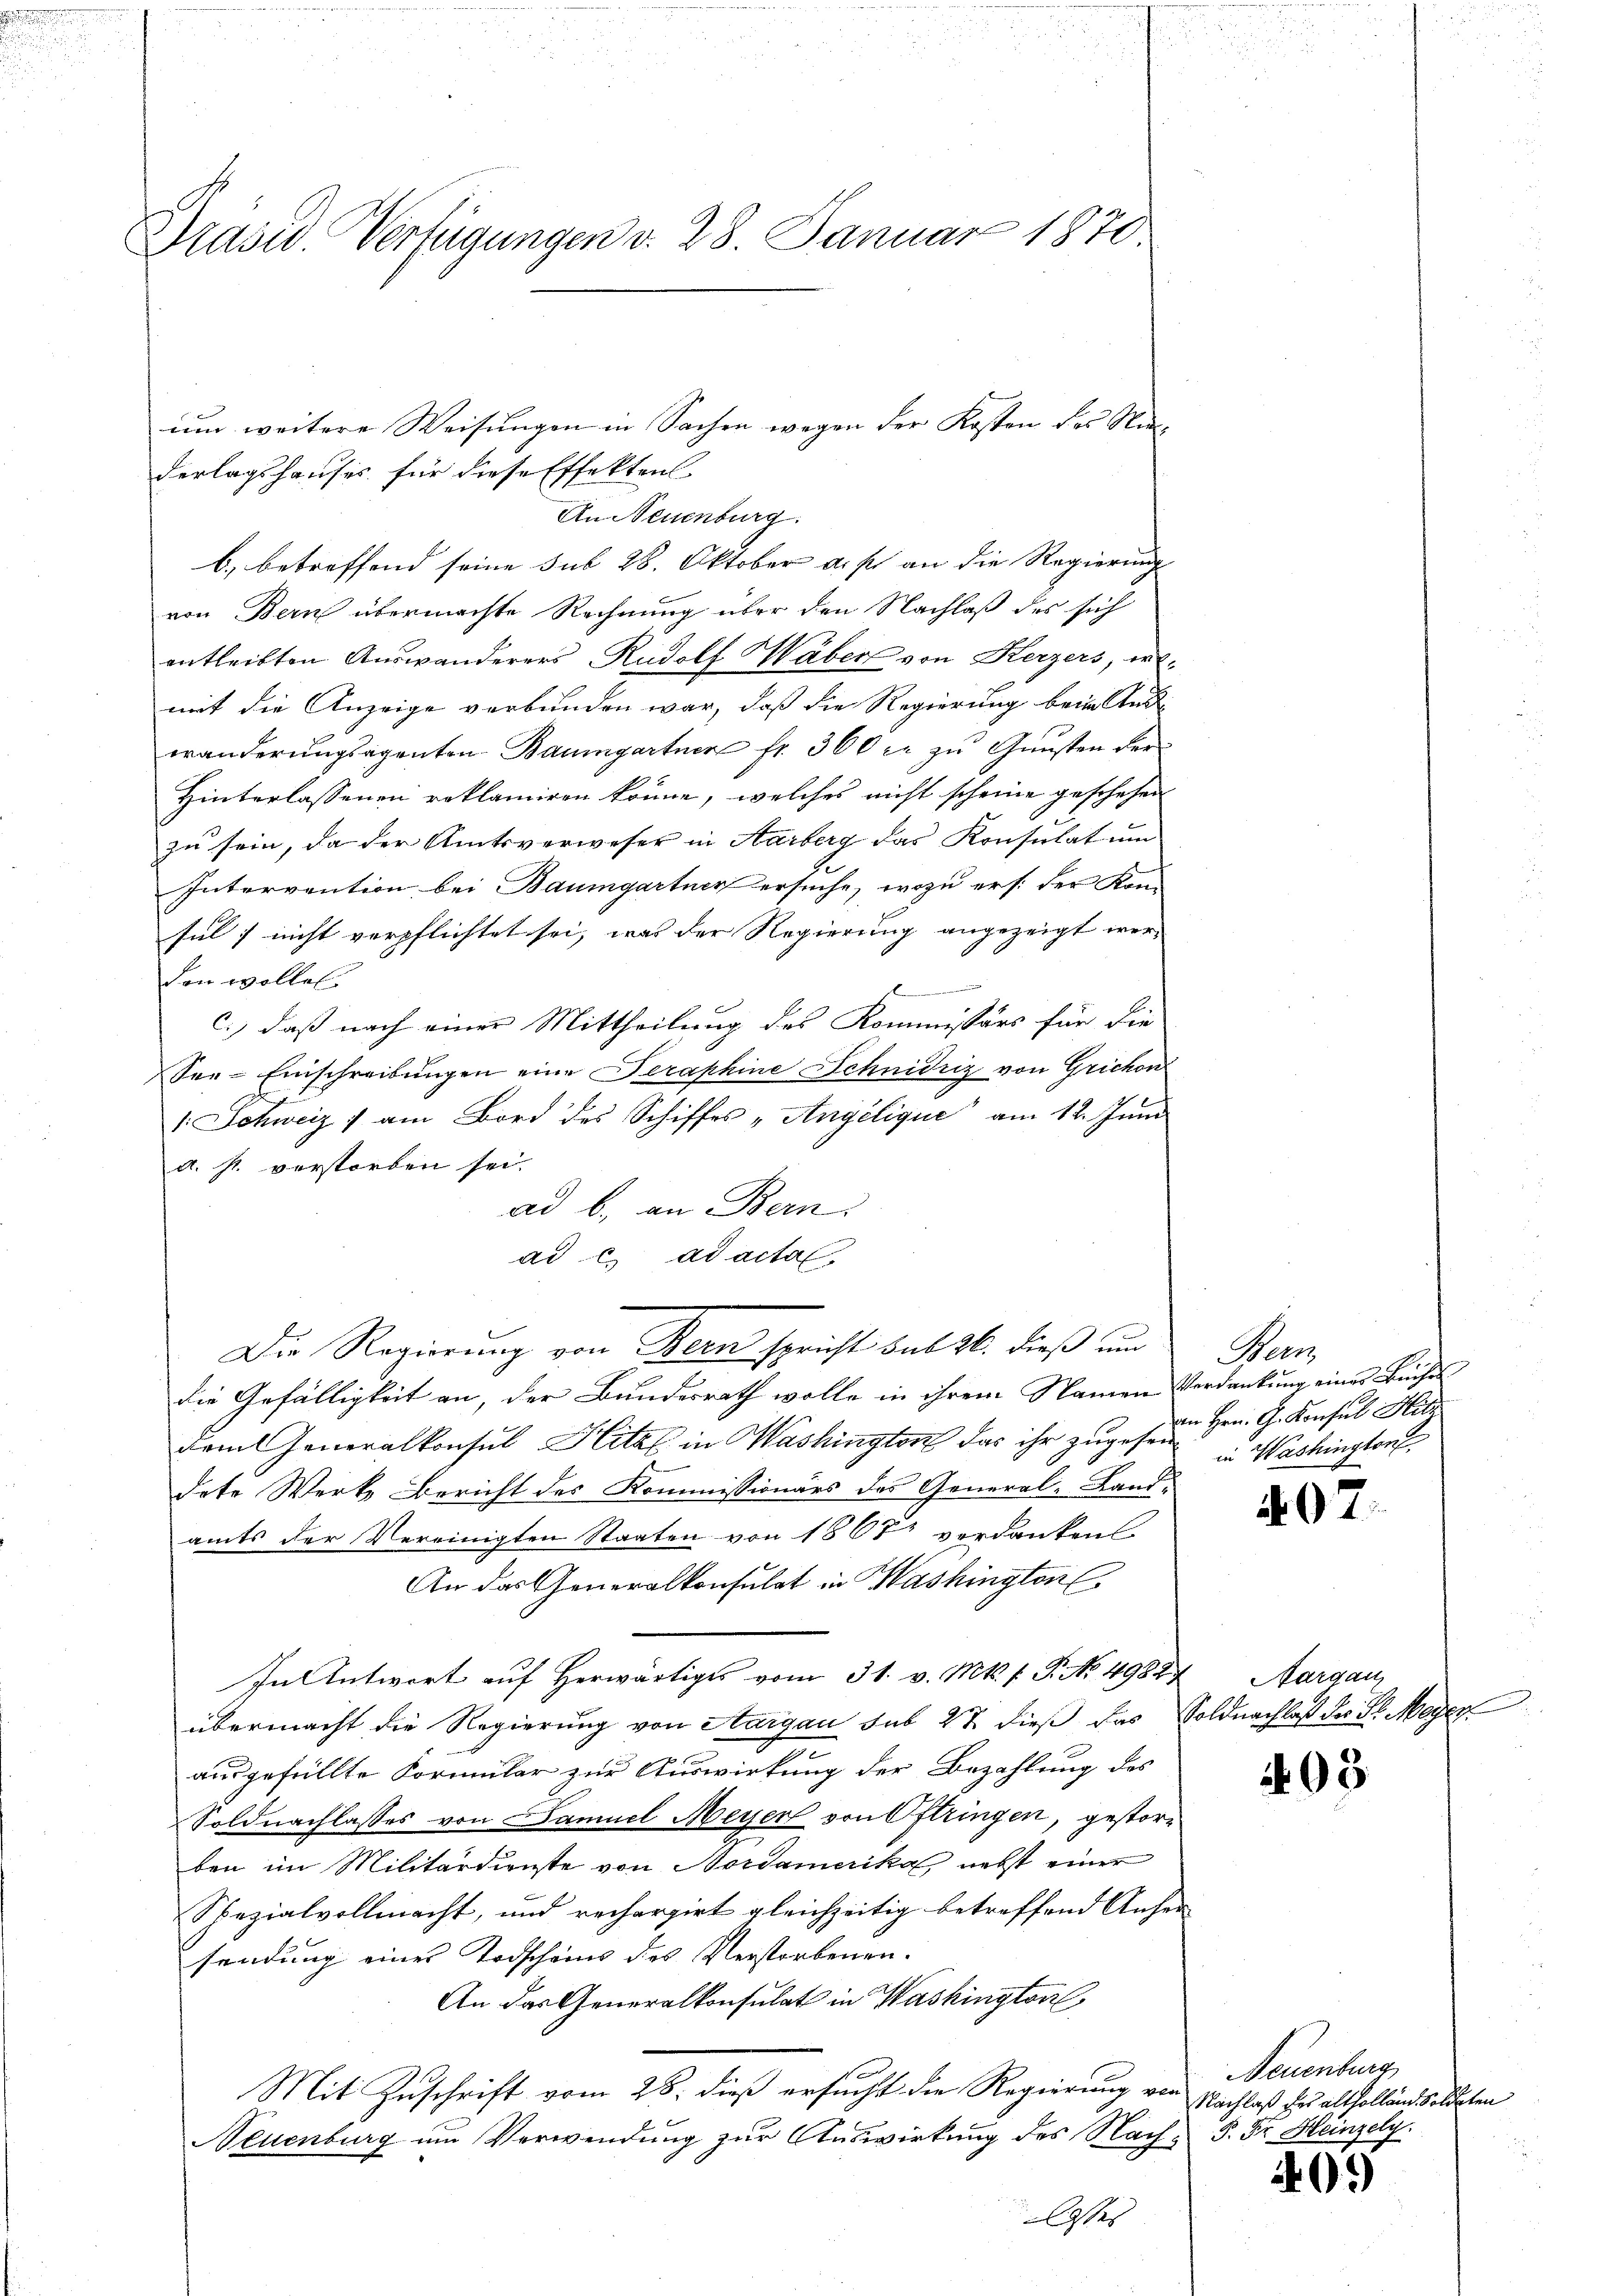
Präsid. Verfügungen d. 28. Januar 1870.

derlagshauses für diese Effektenl
An Neuenburg.
b. betreffend seine sub 28. Oktober a. f. an die Regierung
von Bern übermachte Rechnung über den Nachlaß des sich
entleibten Auswanderers Rudolf Waber von Herzers, er-
mit die Anzeige verbunden war, daß die Regierung beim Aus-
wänderungsagenten Baumgartner fr. 360 c. zu Gunsten der
Hinterlassenen reklamiren könne, welches nicht scheine geschehen
zu sein, da der Amtsverweser in Aarberg das Konsulat um
Intervention bei Baumgartner ersuche, wozu erst der Kon
sul] nicht verpflichtet sei, was der Regierung angezeigt werden wollen.
erinnern de
c.), daß nach einer Mittheilung des Kommissärs für die
See-Einschreibungen eine Seraphine Schnidrig von Grichon
1 Schweiz) am Bord des Schiffes „Angélique“ am 12. Juni
a. p. verstorben sei.
ad b., an Bern.
ad c. ad acta.
Die Regierung von Bern spricht bul 26. dieß und
die Gefälligkeit an, der Bundesrath wolle in ihrem Namen Verdankung eines Buche
dam Generalkonsul Hitz in Washington das ihr zugesen in Washington
dete Werk, Bericht des Kommissionärs des General-Landamts der Vereinigten Staaten von 1867 verdanken.
An das Generalkonsulat in Washington
In Antwort auf Herwärtiges vom 31. v. Mts. f. P. No. 49827 Aargau
übermacht die Regierung von Aargau sub 27. dieß das Soldnachlaß des St. Meyer
ausgefüllte Formular zur Auswirkung der Bezahlung des
Soldnachlasses von Samuel Meyer von Oftringen, gestorben im Militärdienste von Nordamerika nebst einer
Spezialvollmacht, und rechargirt gleichzeitig betreffend Anfer
sendung eines Todscheins des Verstorbenen.
An das Generalkonsulat in Washington,
Mit Zuschrift vom 28. dieß ersucht die Regierung von
Neuenburg um Verwendung zur Auswirkung des Nach P. Fr. Heinzely.
Casses

um weitere Weisungen in Sachen wegen der Kosten des Nie |

Hein
an Hrn. G. Konsul Hitz

407.

405

Neuenburg
Nachlaß der altholland Soldaten

40.)